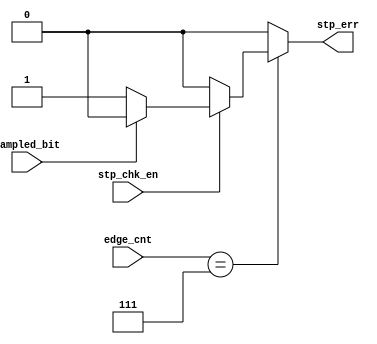
module Stop_Check (
    input wire stp_chk_en, sampled_bit,
    input wire [2:0]    edge_cnt,
    output reg stp_err
);
    
    reg stp_err_c;

    always @(*) 
    begin
        if (stp_chk_en) 
        begin
            if (sampled_bit) 
            begin
                stp_err_c = 1'b0;    
            end    
            else
            begin
                stp_err_c = 1'b1;
            end
        end
        else
        begin
            stp_err_c = 1'b0;
        end
    end


always @(*) 
begin
    if(edge_cnt == 3'b111)
    begin
        stp_err = stp_err_c;
    end
    else
    begin
        stp_err = 1'b0;
    end
end

endmodule